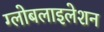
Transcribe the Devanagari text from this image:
ग्‍लोबलाइलेशन